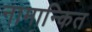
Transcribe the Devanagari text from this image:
नामान्कित